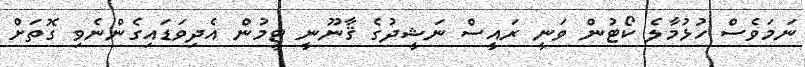
ނަމަވެސް ހުޅުމާލެ ކޯޓުން ވަނީ ރައީސް ނަޝީދުގެ ޤާނޫނީ ޓީމުން އެދިވަޑައިގެންނެވި ގޮތަށް